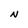
Character: N